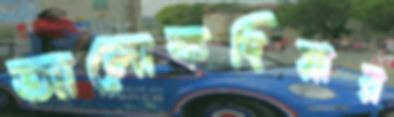
আলোকদিয়ার